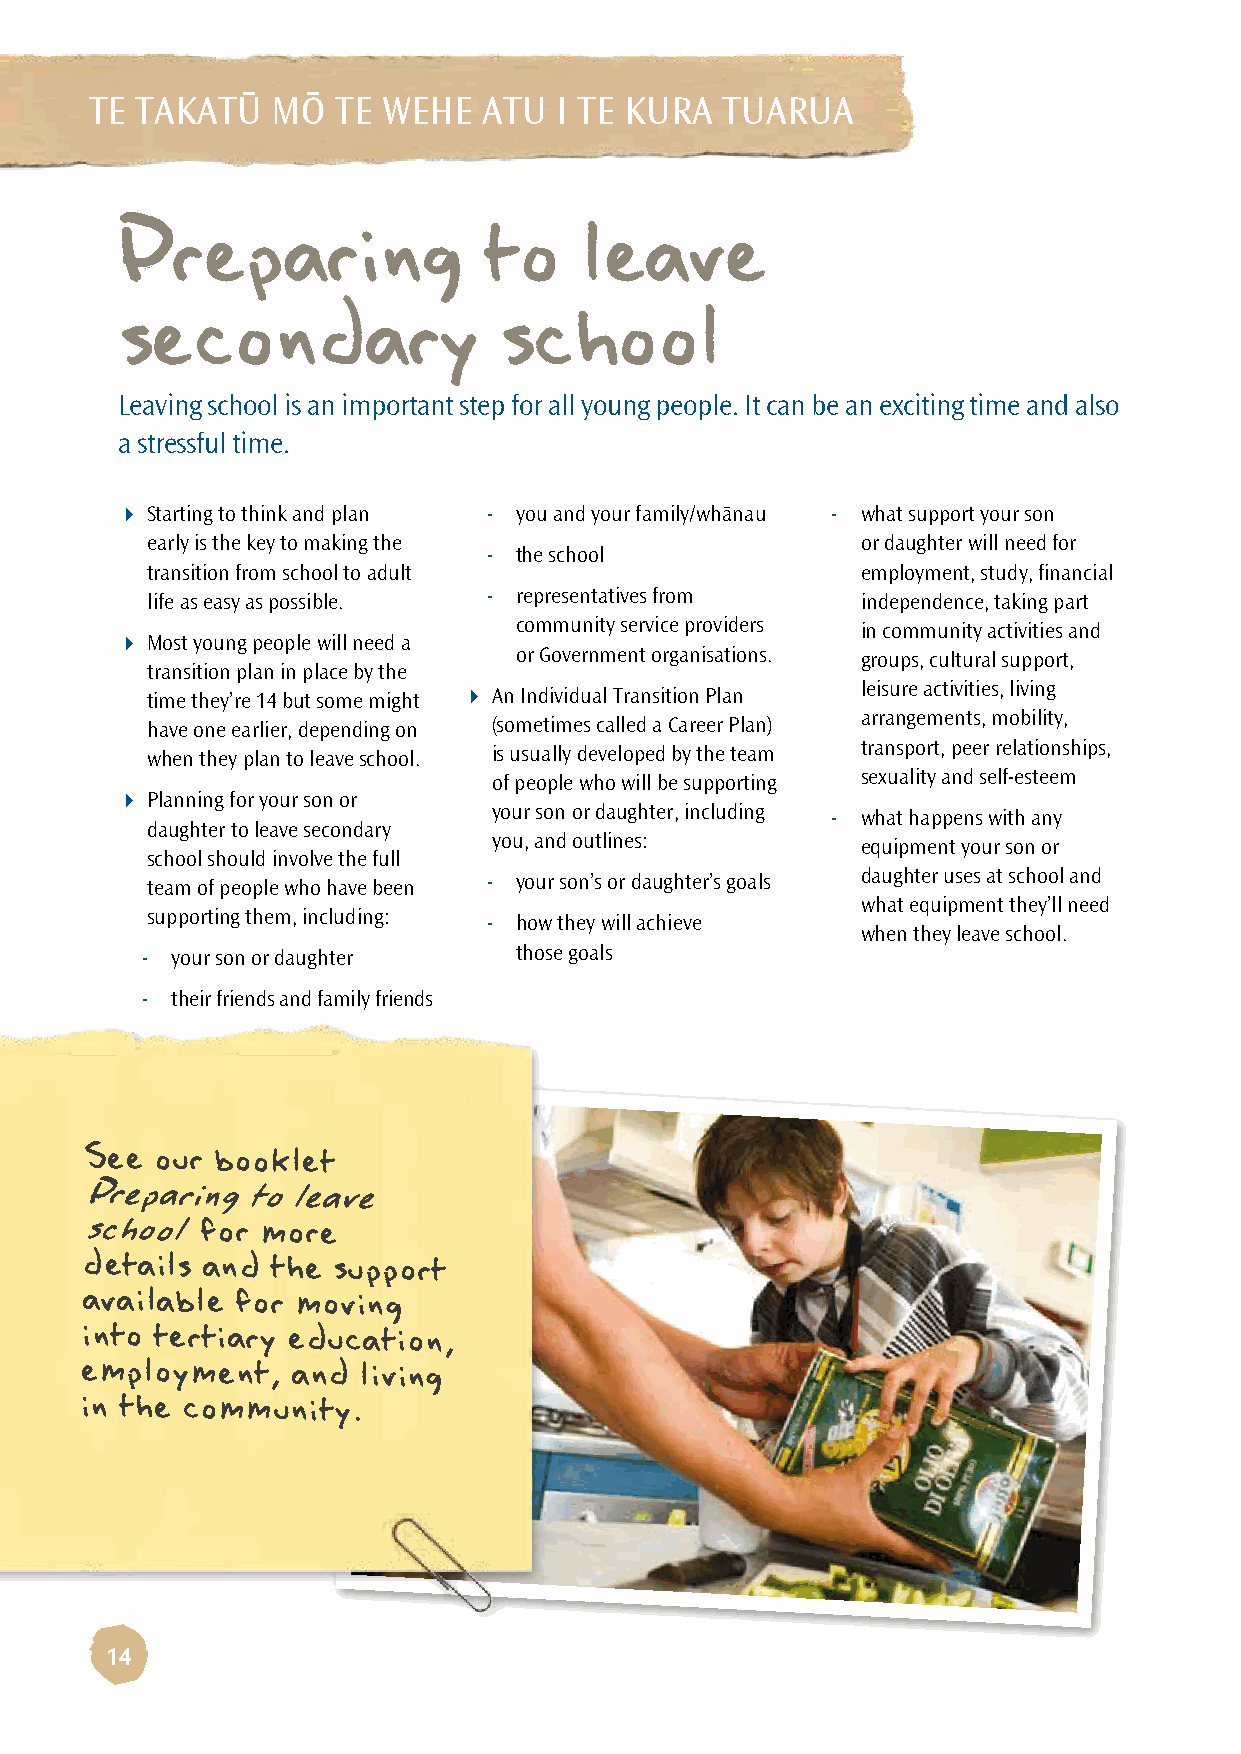
TE TAKATÜ   MÖ  TE WEHE   ATU  I TE KURA  TUARUA
 Preparing               to    leave
 secondary                school
 Leaving school is an important step for all young people. It can be an exciting time and also
 a stressful time.
  Starting to think and plan - you and your family/whänau - what support your son
 early is the key to making the                 or daughter will need for
 - the school
 transition from school to adult                employment, study, financial
 life as easy as possible. - representatives from independence, taking part
 community service providers in community activities and
  Most young people will need a
 or Government organisations. groups, cultural support,
 transition plan in place by the
 time they’re 14 but some might  An Individual Transition Plan leisure activities, living
 arrangements, mobility,
 have one earlier, depending on (sometimes called a Career Plan)
 transport, peer relationships,
 when they plan to leave school. is usually developed by the team
 sexuality and self-esteem
 of people who will be supporting
  Planning for your son or
 your son or daughter, including - what happens with any
 daughter to leave secondary
 you, and outlines:      equipment your son or
 school should involve the full
 daughter uses at school and
 team of people who have been - your son’s or daughter’s goals
 what equipment they’ll need
 supporting them, including:
 - how they will achieve
 when they leave school.
 - your son or daughter   those goals
 - their friends and family friends
 See our booklet
 Preparing  to leave
 school  for more
 details and  the support
 available  for moving
 into tertiary education,
 employment,   and  living
 in the community.
 14